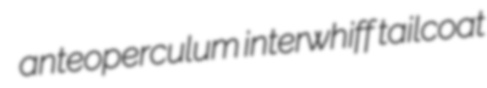
anteoperculum interwhiff tailcoat